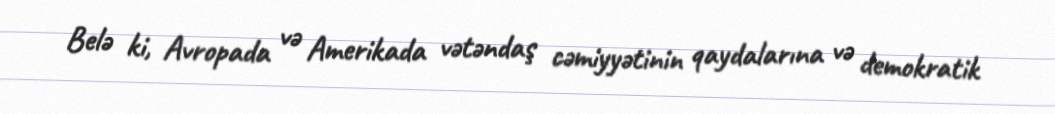
Belə ki, Avropada və Amerikada vətəndaş cəmiyyətinin qaydalarına və demokratik